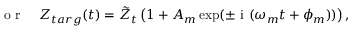
\begin{array} { r l } { \textrm { o r } } & { { } Z _ { t a r g } ( t ) = \Tilde { Z } _ { t } \left( 1 + A _ { m } \exp ( \pm \textrm { i } ( \omega _ { m } t + \phi _ { m } ) ) \right) , } \end{array}